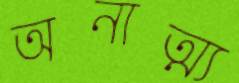
অনাত্ম্য